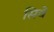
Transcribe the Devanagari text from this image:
सिवे